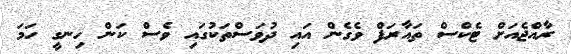
ރާއްޖެއަށް ޓެކްސް ތައާރަފް ވެގެން އައި ދުވަސްތަކުގައި ވެސް ކަން ހިނގީ ހަމަ